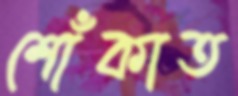
শোঁকাত